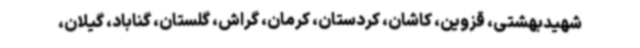
شهیدبهشتی، قزوین، کاشان، کردستان، کرمان، گراش، گلستان، گناباد، گیلان،